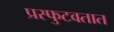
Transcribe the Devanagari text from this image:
प्रस्फुटवतात